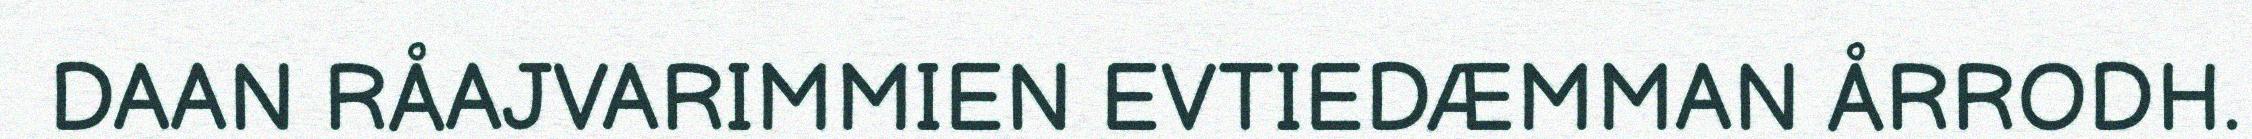
DAAN RÅAJVARIMMIEN EVTIEDÆMMAN ÅRRODH.